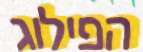
הפילוג